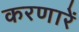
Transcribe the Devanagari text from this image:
करणारें